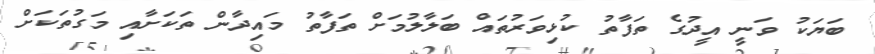
ބަޔަކު ވަނީ އީދުގެ ތަފާތު ކުޅިވަރުތައް ބަލާލުމަށް ތަފާތު މައިދާން ތަކަށާއި މަގުތަކަށް